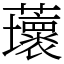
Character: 蘾